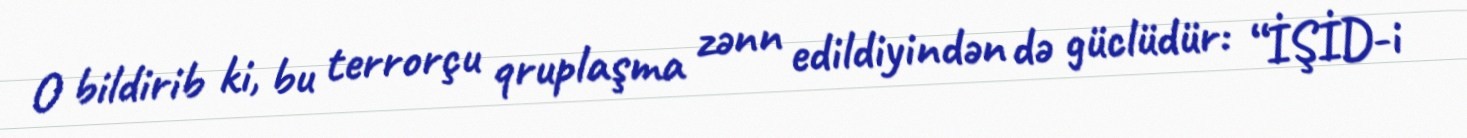
O bildirib ki, bu terrorçu qruplaşma zənn edildiyindən də güclüdür: “İŞİD-i